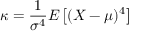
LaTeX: \kappa = { \frac { 1 } { \sigma ^ { 4 } } } E \left[ ( X - \mu ) ^ { 4 } \right]